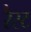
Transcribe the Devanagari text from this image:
रैस्ट